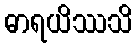
ဓာရယိဿသိ